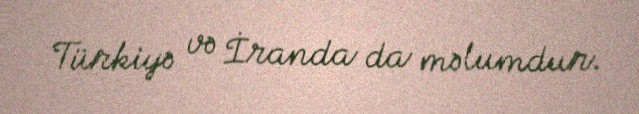
Türkiyə və İranda da məlumdur.